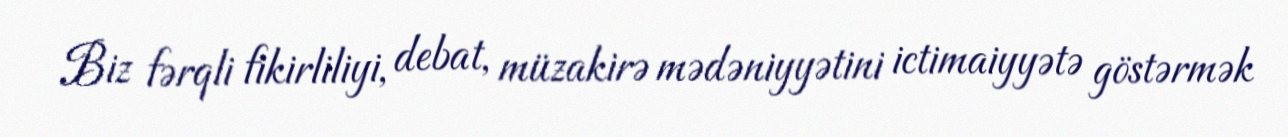
Biz fərqli fikirliliyi, debat, müzakirə mədəniyyətini ictimaiyyətə göstərmək